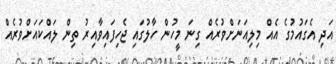
އަދި އެގައުމުގެ އެއް މިލިއަނަށްވުރެއް ގިނަ މީހުން ހާލުގައި ޖެހިފައިވާއިރު ތިން ލައްކައަށްވުރެއް